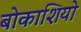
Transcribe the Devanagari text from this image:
बोकाशियो